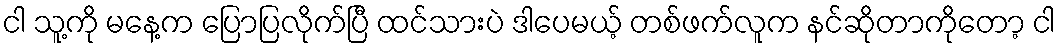
ငါ သူ့ကို မနေ့က ပြောပြလိုက်ပြီ ထင်သားပဲ ဒါပေမယ့် တစ်ဖက်လူက နင်ဆိုတာကိုတော့ ငါ